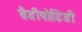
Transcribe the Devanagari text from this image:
ब्रैडीपोडिडी